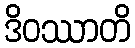
ဒိဝဿာတိ